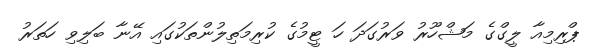
ޕްރިމިއާ ލީގްގެ މަޝްހޫރު ވަރުގަދަ ހަ ޓީމުގެ ކުރިމަތިލުންތަކުގައި އޭނާ ބަލިވި ހަތަރު